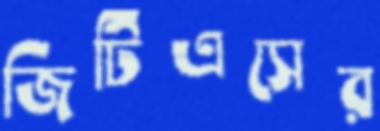
জিটিএসের